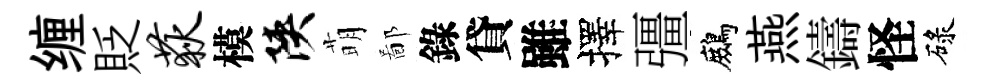
缠貶荻模陕萌鄙錄貸雖擇彊鷓燕鑄怪碌